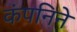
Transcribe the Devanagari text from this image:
कंपनिने